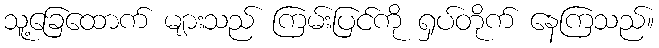
သူ့ခြေထောက် များသည် ကြမ်းပြင်ကို ရှပ်တိုက် နေကြသည်။